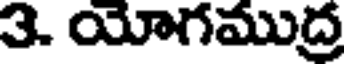
3. యోగముద్ర